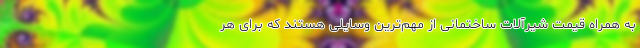
به همراه قیمت شیرآلات ساختمانی از مهم‌ترین وسایلی هستند که برای هر